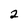
Character: 2